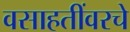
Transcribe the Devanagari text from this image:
वसाहतींवरचे